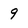
Character: 9